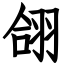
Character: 翖